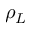
\rho _ { L }